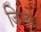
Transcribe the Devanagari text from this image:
जिल्ले।